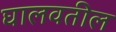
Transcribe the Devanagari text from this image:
घालवतील